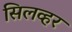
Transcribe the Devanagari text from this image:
सिलव्हर